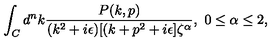
\int _ { C } d ^ { n } k { \frac { P ( k , p ) } { ( k ^ { 2 } + i \epsilon ) [ ( k + p ^ { 2 } + i \epsilon ] \zeta ^ { \alpha } } } , \ 0 \leq \alpha \leq 2 ,